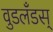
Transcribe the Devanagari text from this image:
वुडलँडस्